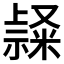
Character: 𥛬